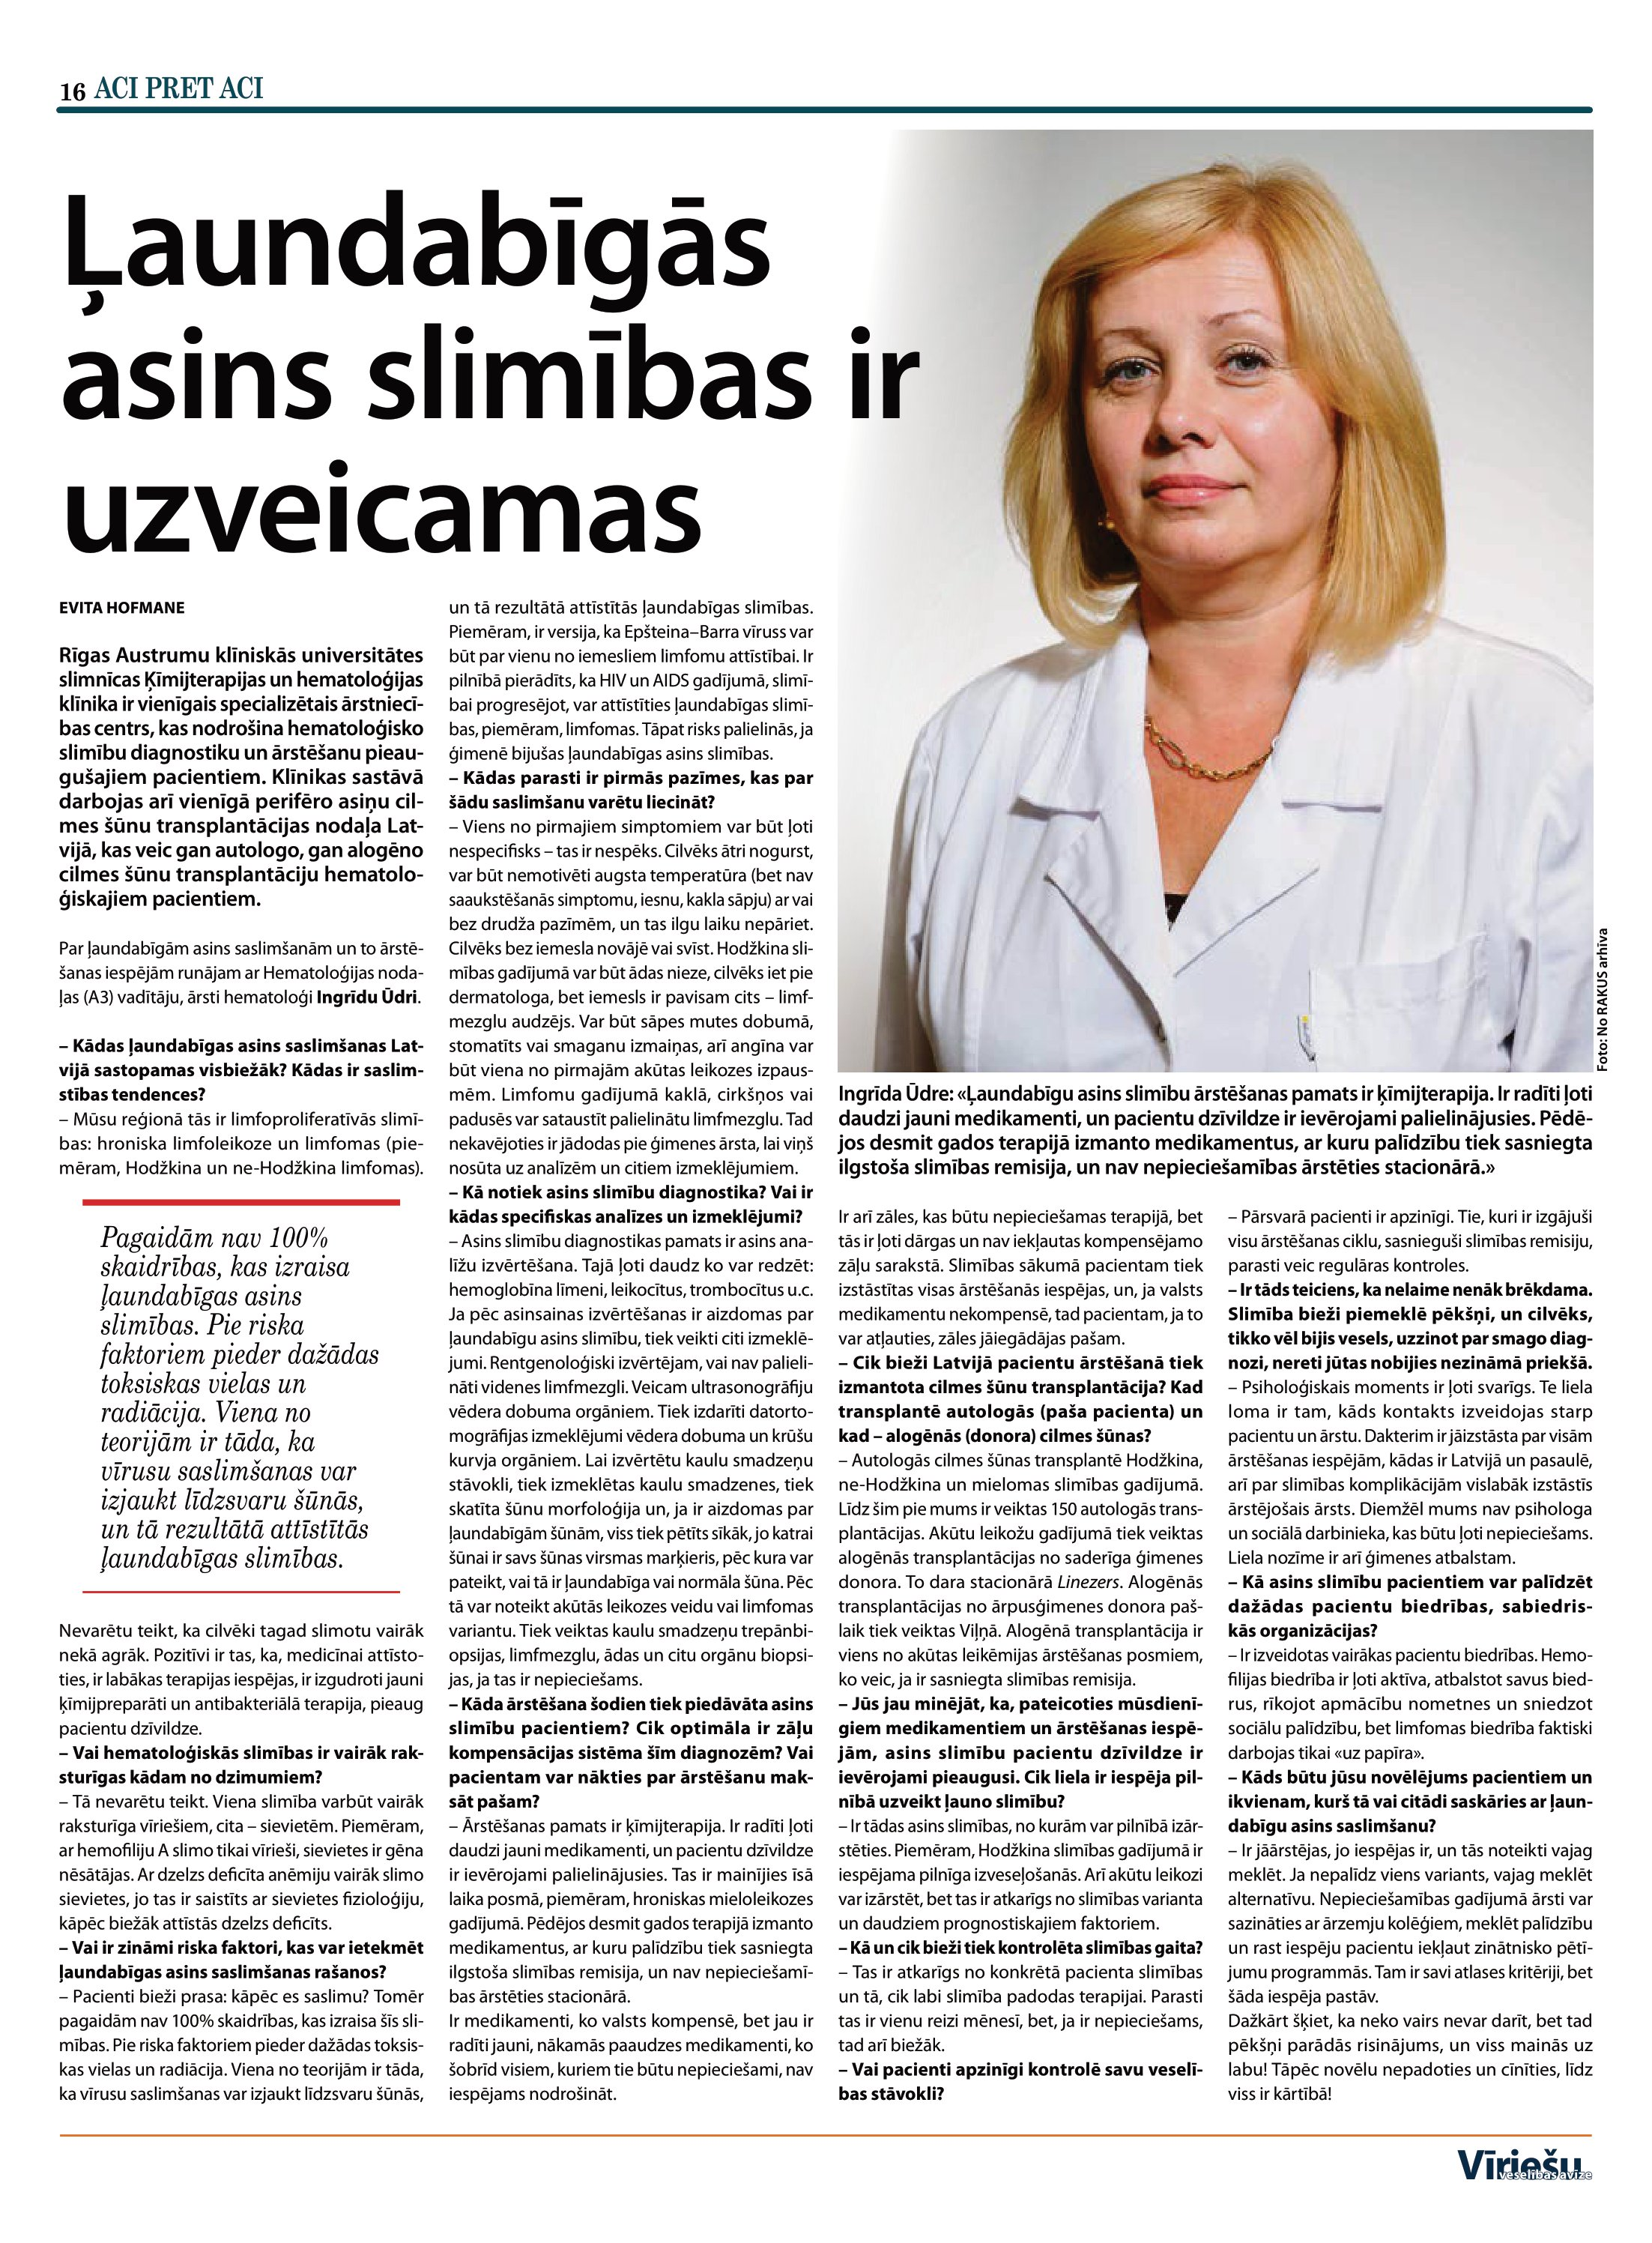
Language: lv